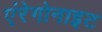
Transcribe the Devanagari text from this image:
एंरेगोनाइट